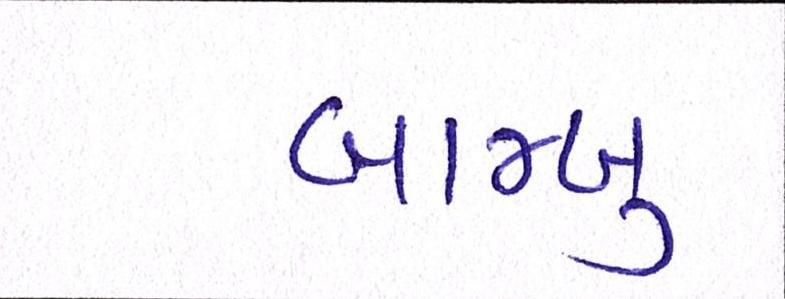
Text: બામ્બુ